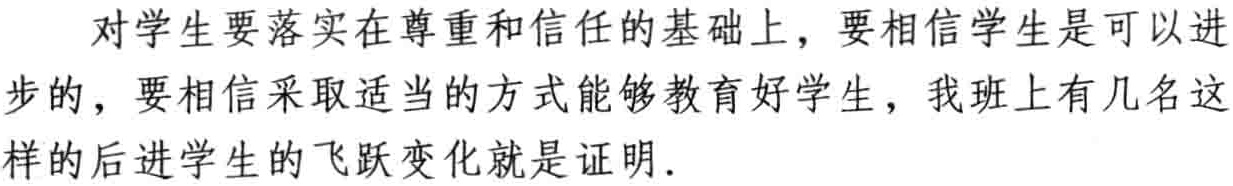
对学生要落实在尊重和信任的基础上，要相信学生是可以进步的，要相信采取适当的方式能够教育好学生，我班上有几名这样的后进学生的飞跃变化就是证明.